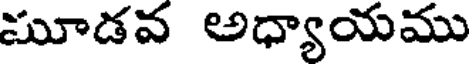
మూడవ అధ్యాయము